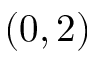
( 0 , 2 )